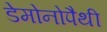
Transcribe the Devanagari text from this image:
डेमोनोपैथी